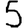
Digit: 5